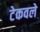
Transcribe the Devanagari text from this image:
टेकवले